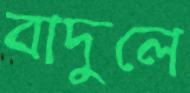
বাদুলে